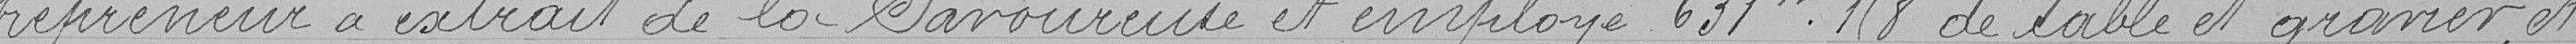
=trepreneur a extrait de la Savoureuse et employe 631m.1,8 de sable et gravier, et